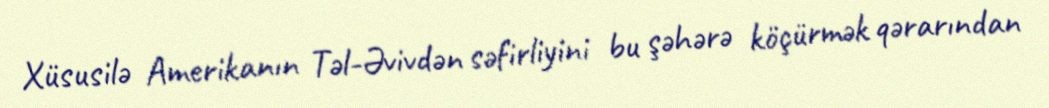
Xüsusilə Amerikanın Təl-Əvivdən səfirliyini bu şəhərə köçürmək qərarından